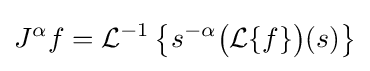
J^{\alpha }f={\mathcal {L}}^{-1}\left\{s^{-\alpha }{\bigl (}{\mathcal {L}}\{f\}{\bigr )}(s)\right\}